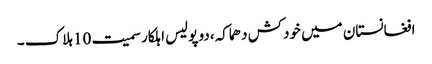
افغانستان میں خودکش دھماکہ ،دو پولیس اہلکار سمیت 10 ہلاک ۔